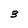
Character: 3